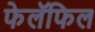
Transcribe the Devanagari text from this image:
फेलॅफिल